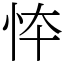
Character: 㤒